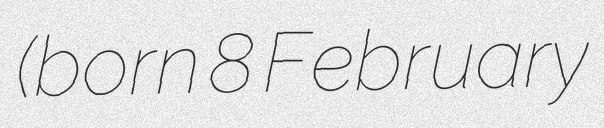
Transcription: (born 8 February